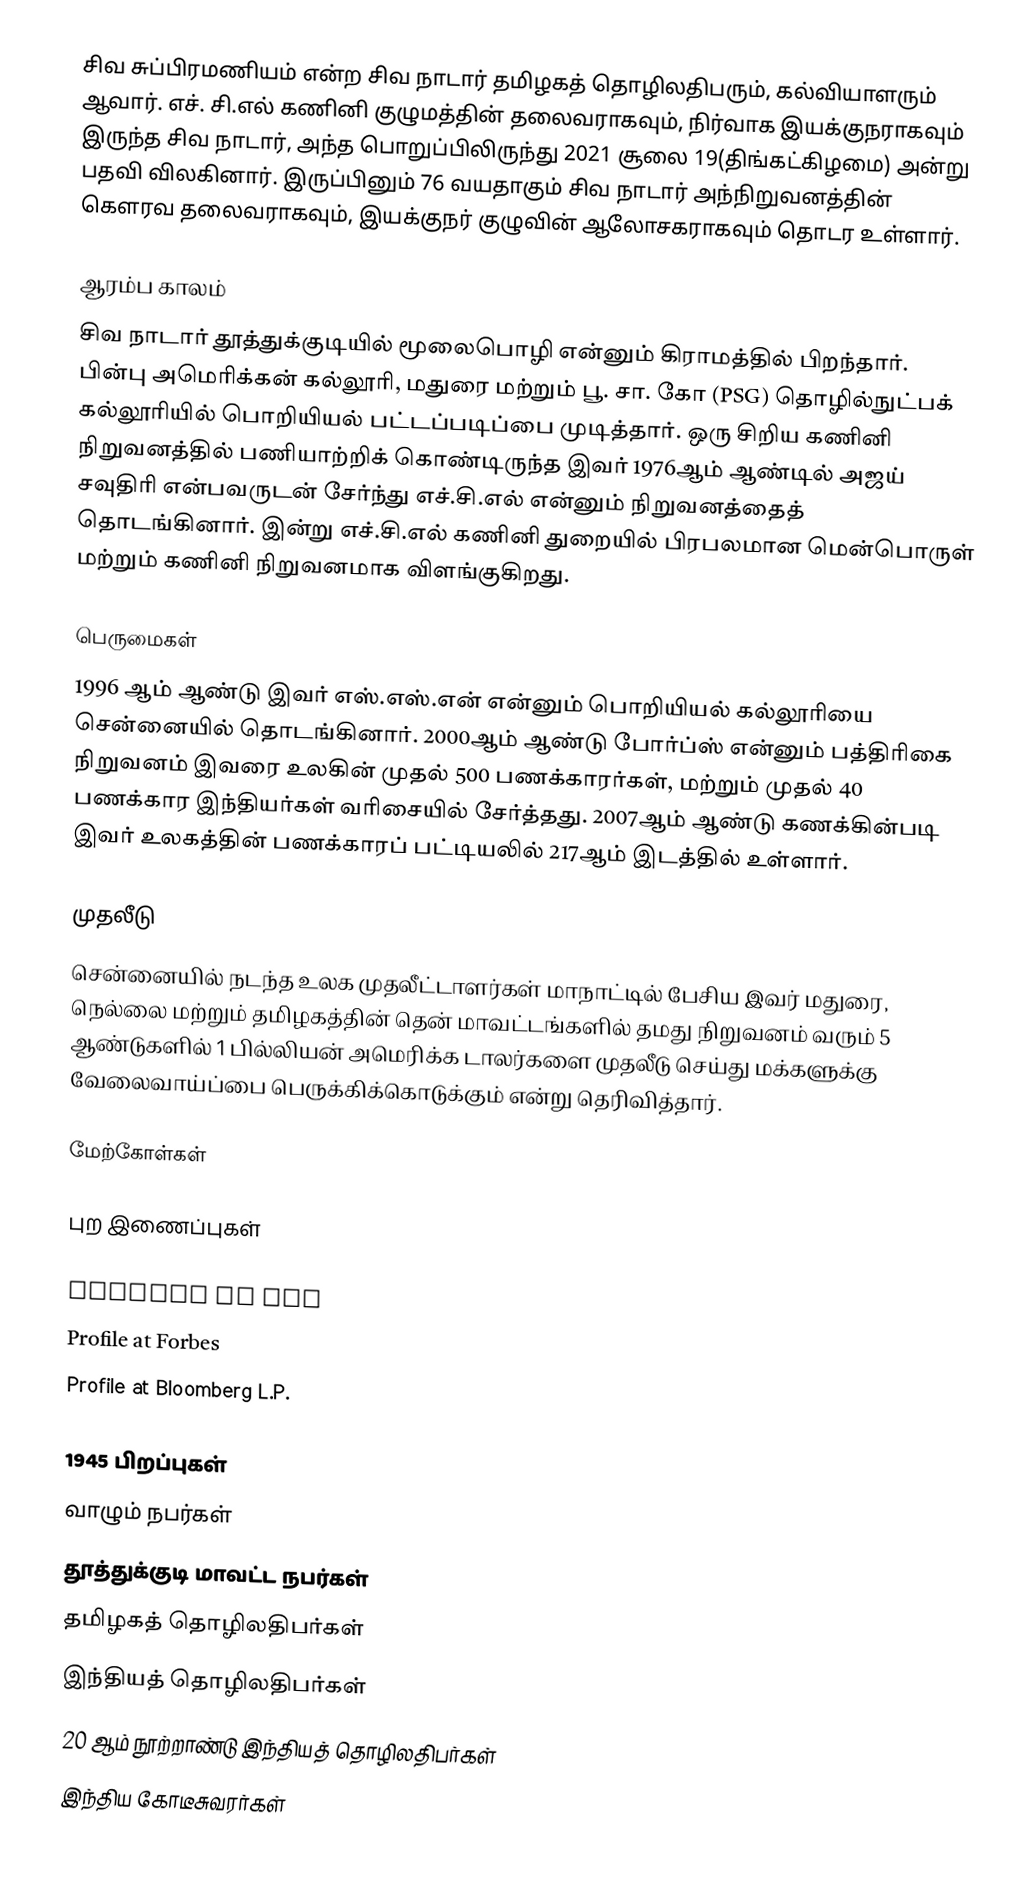
சிவ சுப்பிரமணியம் என்ற சிவ நாடார் தமிழகத் தொழிலதிபரும், கல்வியாளரும் ஆவார். எச். சி.எல் கணினி குழுமத்தின் தலைவராகவும், நிர்வாக இயக்குநராகவும் இருந்த சிவ நாடார், அந்த பொறுப்பிலிருந்து  2021 சூலை 19(திங்கட்கிழமை) அன்று பதவி விலகினார். இருப்பினும் 76 வயதாகும் சிவ நாடார் அந்நிறுவனத்தின் கெளரவ தலைவராகவும், இயக்குநர் குழுவின் ஆலோசகராகவும் தொடர உள்ளார்.

ஆரம்ப காலம்
சிவ நாடார் தூத்துக்குடியில் மூலைபொழி என்னும் கிராமத்தில் பிறந்தார். பின்பு அமெரிக்கன் கல்லூரி, மதுரை மற்றும் பூ. சா. கோ (PSG) தொழில்நுட்பக் கல்லூரியில் பொறியியல் பட்டப்படிப்பை முடித்தார். ஒரு சிறிய கணினி நிறுவனத்தில் பணியாற்றிக் கொண்டிருந்த இவர் 1976ஆம் ஆண்டில் அஜய் சவுதிரி என்பவருடன் சேர்ந்து எச்.சி.எல் என்னும் நிறுவனத்தைத் தொடங்கினார். இன்று எச்.சி.எல் கணினி துறையில் பிரபலமான மென்பொருள் மற்றும் கணினி நிறுவனமாக விளங்குகிறது.

பெருமைகள்
1996 ஆம் ஆண்டு இவர் எஸ்.எஸ்.என் என்னும் பொறியியல் கல்லூரியை சென்னையில் தொடங்கினார். 2000ஆம் ஆண்டு போர்ப்ஸ் என்னும் பத்திரிகை நிறுவனம் இவரை உலகின் முதல் 500 பணக்காரர்கள், மற்றும் முதல் 40 பணக்கார இந்தியர்கள் வரிசையில் சேர்த்தது. 2007ஆம் ஆண்டு கணக்கின்படி இவர் உலகத்தின் பணக்காரப் பட்டியலில் 217ஆம் இடத்தில் உள்ளார்.

முதலீடு
சென்னையில் நடந்த உலக முதலீட்டாளர்கள் மாநாட்டில் பேசிய இவர் மதுரை, நெல்லை மற்றும் தமிழகத்தின் தென் மாவட்டங்களில் தமது நிறுவனம் வரும் 5 ஆண்டுகளில் 1 பில்லியன் அமெரிக்க டாலர்களை முதலீடு செய்து மக்களுக்கு வேலைவாய்ப்பை பெருக்கிக்கொடுக்கும் என்று தெரிவித்தார்.

மேற்கோள்கள்

புற இணைப்புகள்

 Profile at HCL
 Profile at Forbes
 Profile at Bloomberg L.P.

1945 பிறப்புகள்
வாழும் நபர்கள்
தூத்துக்குடி மாவட்ட நபர்கள்
தமிழகத் தொழிலதிபர்கள்
இந்தியத் தொழிலதிபர்கள்
20 ஆம் நூற்றாண்டு இந்தியத் தொழிலதிபர்கள்
இந்திய கோடீசுவரர்கள்